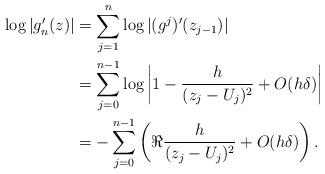
LaTeX: \begin{align*}\log|g'_n(z)| & = \sum_{j=1}^{n}\log|(g^j)'(z_{j-1})| \\& = \sum_{j=0}^{n-1} \log\left|1-\frac{h}{(z_{j} - U_{j})^2} + O(h\delta)\right|\\& = -\sum_{j=0}^{n-1} \left(\Re \frac{h}{(z_j-U_j)^2} + O(h\delta)\right).\end{align*}